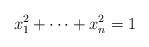
LaTeX: \begin{align*}x_1^2+\cdots +x_n^2 =1\end{align*}